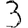
Digit: 3